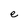
Character: e